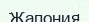
Жапония